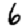
Digit: 6